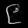
Digit: ၉